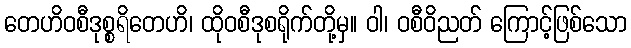
တေဟိဝစီဒုစ္စရိတေဟိ၊ ထိုဝစီဒုစရိုက်တို့မှ။ ဝါ၊ ဝစီဝိညတ် ကြောင့်ဖြစ်သော